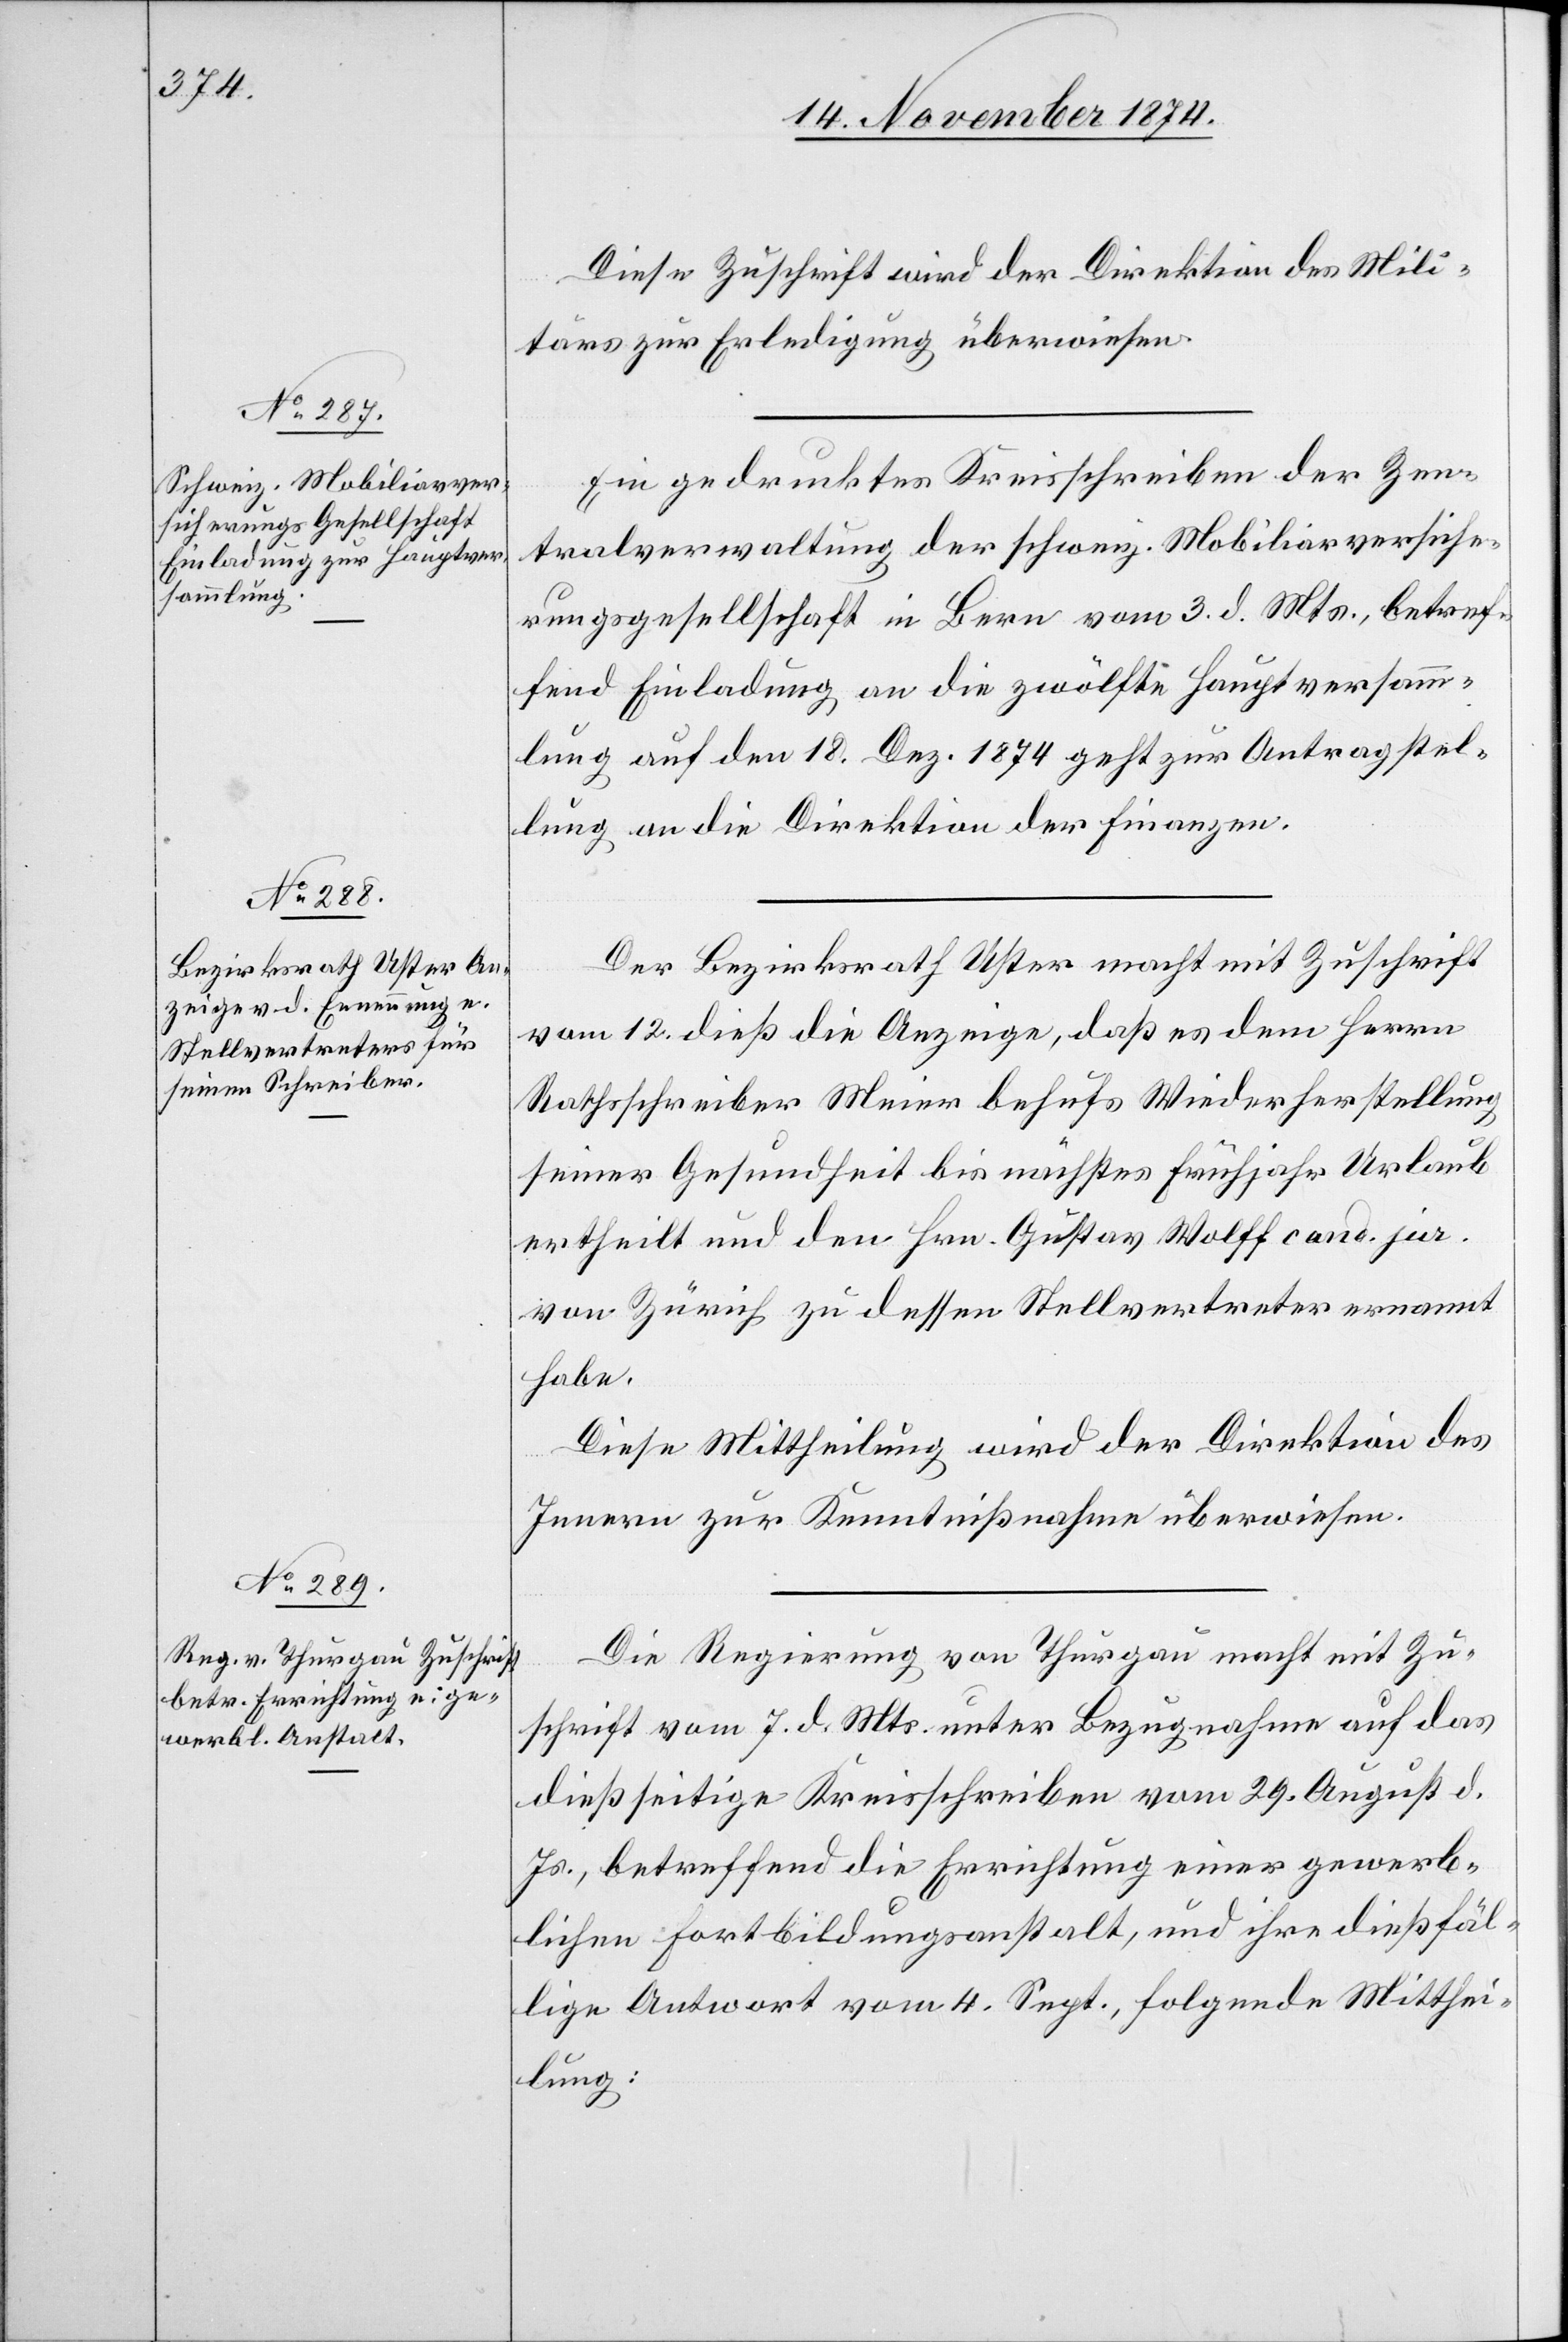
Diese Zuschrift wird der Direktion des Mili¬
tärs zur Erledigung überwiesen.
Ein gedrucktes Kreisschreiben der Zen¬
tralverwaltung der schweiz. Mobiliarversiche¬
rungsgesellschaft in Bern vom 3. d. Mts., betref¬
fend Einladung an die zwölfte Hauptversamm¬
lung auf den 18. Dez. 1874 geht zur Antragstel¬
lung an die Direktion der Finanzen.
Der Bezirksrath Uster macht mit Zuschrift
vom 12. dieß die Anzeige, daß er dem Herrn
Rathsschreiber Meier behufs Wiederherstellung
seiner Gesundheit bis nächstes Frühjahr Urlaub
ertheilt und den Hrn. Gustav Wolff cand. jur.
von Zürich zu dessen Stellvertreter ernannt
habe.
Diese Mittheilung wird der Direktion des
Innern zur Kenntnißnahme überwiesen.
Die Regierung von Thurgau macht mit Zu¬
schrift vom 7. d. Mts. unter Bezugnahme auf das
dießseitige Kreisschreiben vom 29. August d.
Js., betreffend die Errichtung einer gewerb¬
lichen Fortbildungsanstalt, und ihre dießfäl¬
lige Antwort vom 4. Sept., folgende Mitthei¬
lung: